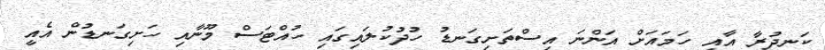
ކަނދުރާ އާއި ހަމައަށް އަންނަ އިސްތަށިގަނޑު ހުދުކުލައިގައި ހުއްޓަސް މޫނާއި ހަށިގަނޑުން އެއީ